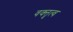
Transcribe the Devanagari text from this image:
वक्‍तृत्‍व